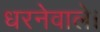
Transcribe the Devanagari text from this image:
धरनेवाले।